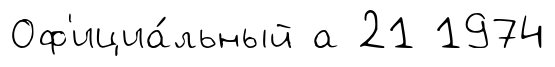
Оф'ициа́льный а 21 1974